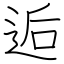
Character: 逅